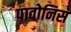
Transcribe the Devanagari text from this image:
पावोनिस